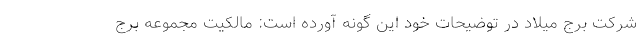
شرکت برج میلاد در توضیحات خود این گونه آورده است: مالكيت مجموعه برج